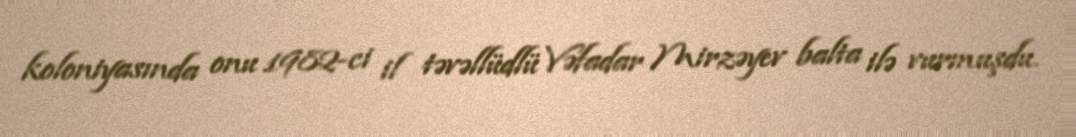
koloniyasında onu 1982-ci il təvəllüdlü Vəfadar Mirzəyev balta ilə vurmuşdu.